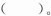
()。